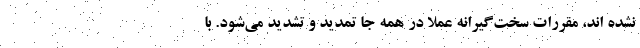
نشده اند، مقررات سخت‌گیرانه عملا در همه جا تمدید و تشدید می‌شود. با